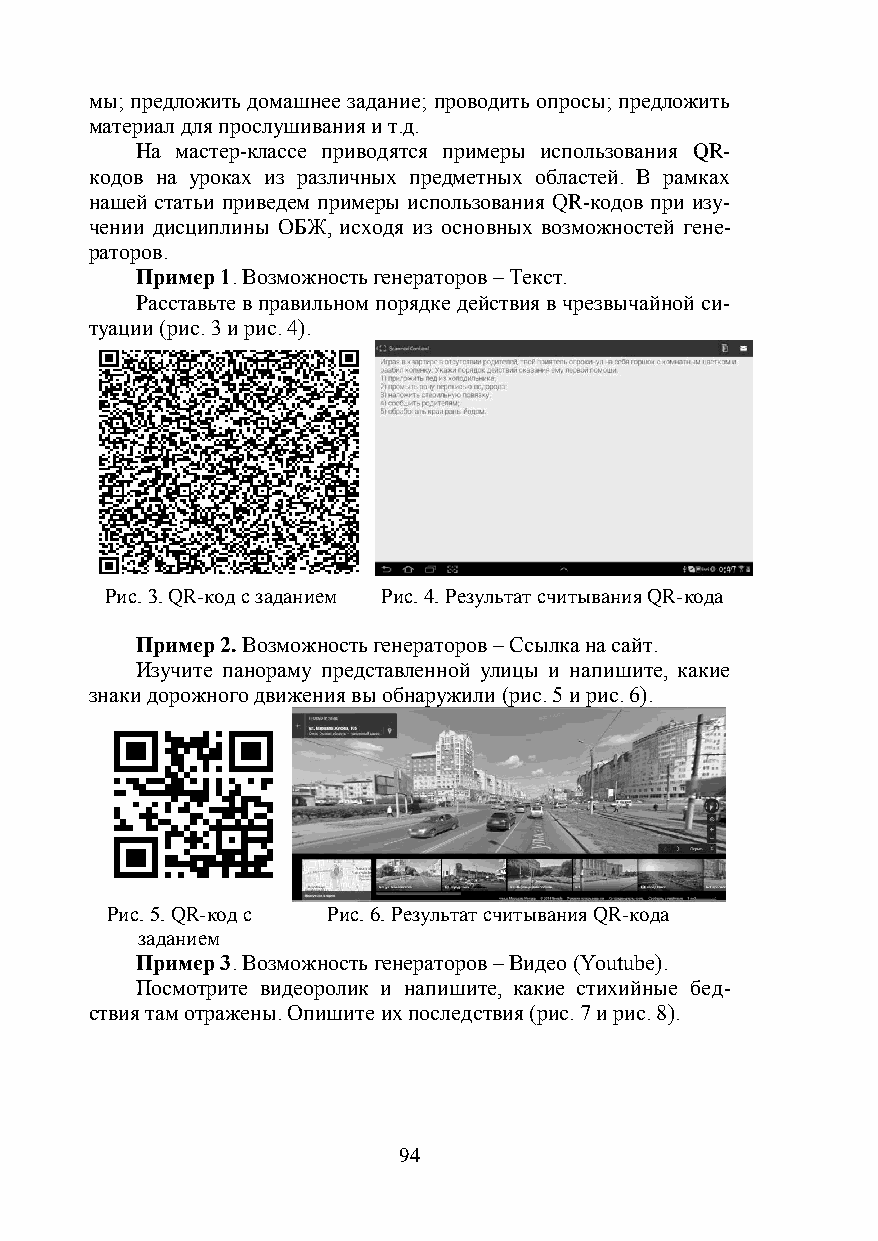
мы; предложить домашнее задание; проводить опросы; предложить
 материал для прослушивания и т.д.
 На мастер-классе приводятся примеры использования QR-
 кодов на уроках из различных предметных областей. В рамках
 нашей статьи приведем примеры использования QR-кодов при изу-
 чении дисциплины ОБЖ, исходя из основных возможностей гене-
 раторов.
 Пример 1. Возможность генераторов – Текст.
 Расставьте в правильном порядке действия в чрезвычайной си-
 туации (рис. 3 и рис. 4).
 Рис. 3. QR-код с заданием Рис. 4. Результат считывания QR-кода
 Пример 2. Возможность генераторов – Ссылка на сайт.
 Изучите панораму представленной улицы и напишите, какие
 знаки дорожного движения вы обнаружили (рис. 5 и рис. 6).
 Рис. 5. QR-код с Рис. 6. Результат считывания QR-кода
 заданием
 Пример 3. Возможность генераторов – Видео (Youtube).
 Посмотрите видеоролик и напишите, какие стихийные бед-
 ствия там отражены. Опишите их последствия (рис. 7 и рис. 8).
 94